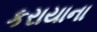
કરાયાના